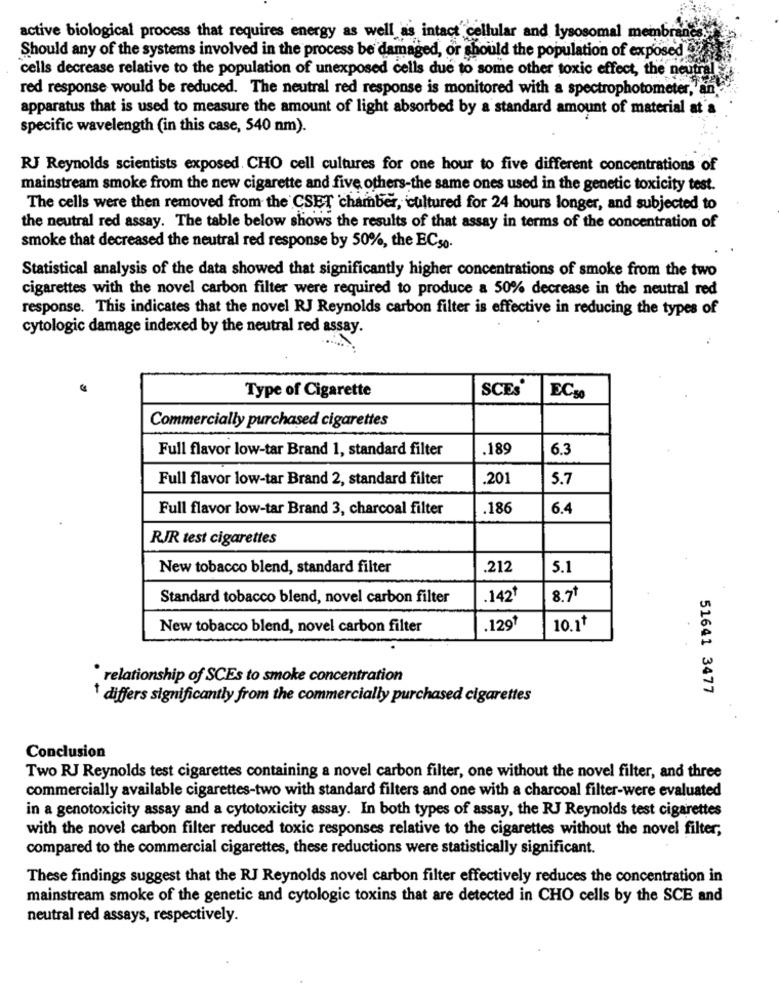
active biological process that requires energy as well as intact cellular and lysosomal membranes
Should any of the systems involved in the process be damaged, or should the population of exposed
cells decrease relative to the population of unexposed cells due to some other toxic effect, the neutral
red response would be reduced. The neutral red response is monitored with a spectrophotometer,"min"
apparatus that is used to measure the amount of light absorbed by a standard amount of material at a
specific wavelength (in this case, 540 nm).
RJ Reynolds scientists exposed. CHO cell cultures for one hour to five different concentrations of
mainstream smoke from the new cigarette and five others-the same ones used in the genetic toxicity test.
The cells were then removed from the CSET chamber, cultured for 24 hours longer, and subjected to
the neutral red assay. The table below shows the results of that assay in terms of the concentration of
smoke that decreased the neutral red response by 50%, the ECs0.
Statistical analysis of the data showed that significantly higher concentrations of smoke from the two
cigarettes with the novel carbon filter were required to produce a 50% decrease in the neutral red
response. This indicates that the novel RJ Reynolds carbon filter is effective in reducing the types of
cytologic damage indexed by the neutral red assay.
Type of Cigarette
SCES'
EC50
Commercially purchased cigarettes
Full flavor low-tar Brand 1, standard filter
.189
6.3
Full flavor low-tar Brand 2, standard filter
.201
5.7
Full flavor low-tar Brand 3, charcoal filter
186
6.4
RJR test cigarettes
New tobacco blend, standard filter
.212
5.1
Standard tobacco blend, novel carbon filter
.142º
8.71
New tobacco blend, novel carbon filter
.1291
10.11
* relationship of SCEs to smoke concentration
51641 3477
* differs significantly from the commercially purchased cigarettes
Conclusion
Two RJ Reynolds test cigarettes containing a novel carbon filter, one without the novel filter, and three
commercially available cigarettes-two with standard filters and one with a charcoal filter-were evaluated
in a genotoxicity assay and a cytotoxicity assay. In both types of assay, the RJ Reynolds test cigarettes
with the novel carbon filter reduced toxic responses relative to the cigarettes without the novel filter;
compared to the commercial cigarettes, these reductions were statistically significant.
These findings suggest that the RJ Reynolds novel carbon filter effectively reduces the concentration in
mainstream smoke of the genetic and cytologic toxins that are detected in CHO cells by the SCE and
neutral red assays, respectively.